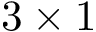
3 \times 1